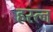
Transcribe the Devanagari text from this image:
हस्त्न